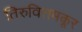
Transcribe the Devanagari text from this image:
तिरुवित्तमकूर